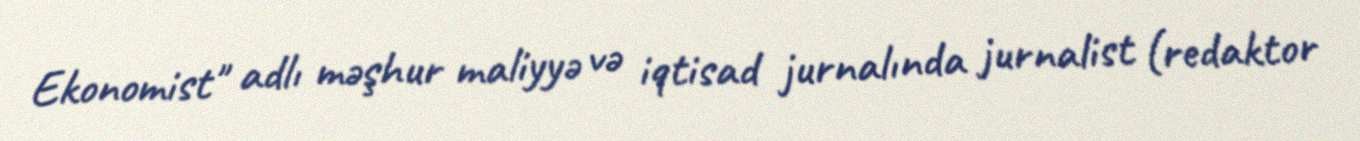
Ekonomist" adlı məşhur maliyyə və iqtisad jurnalında jurnalist (redaktor